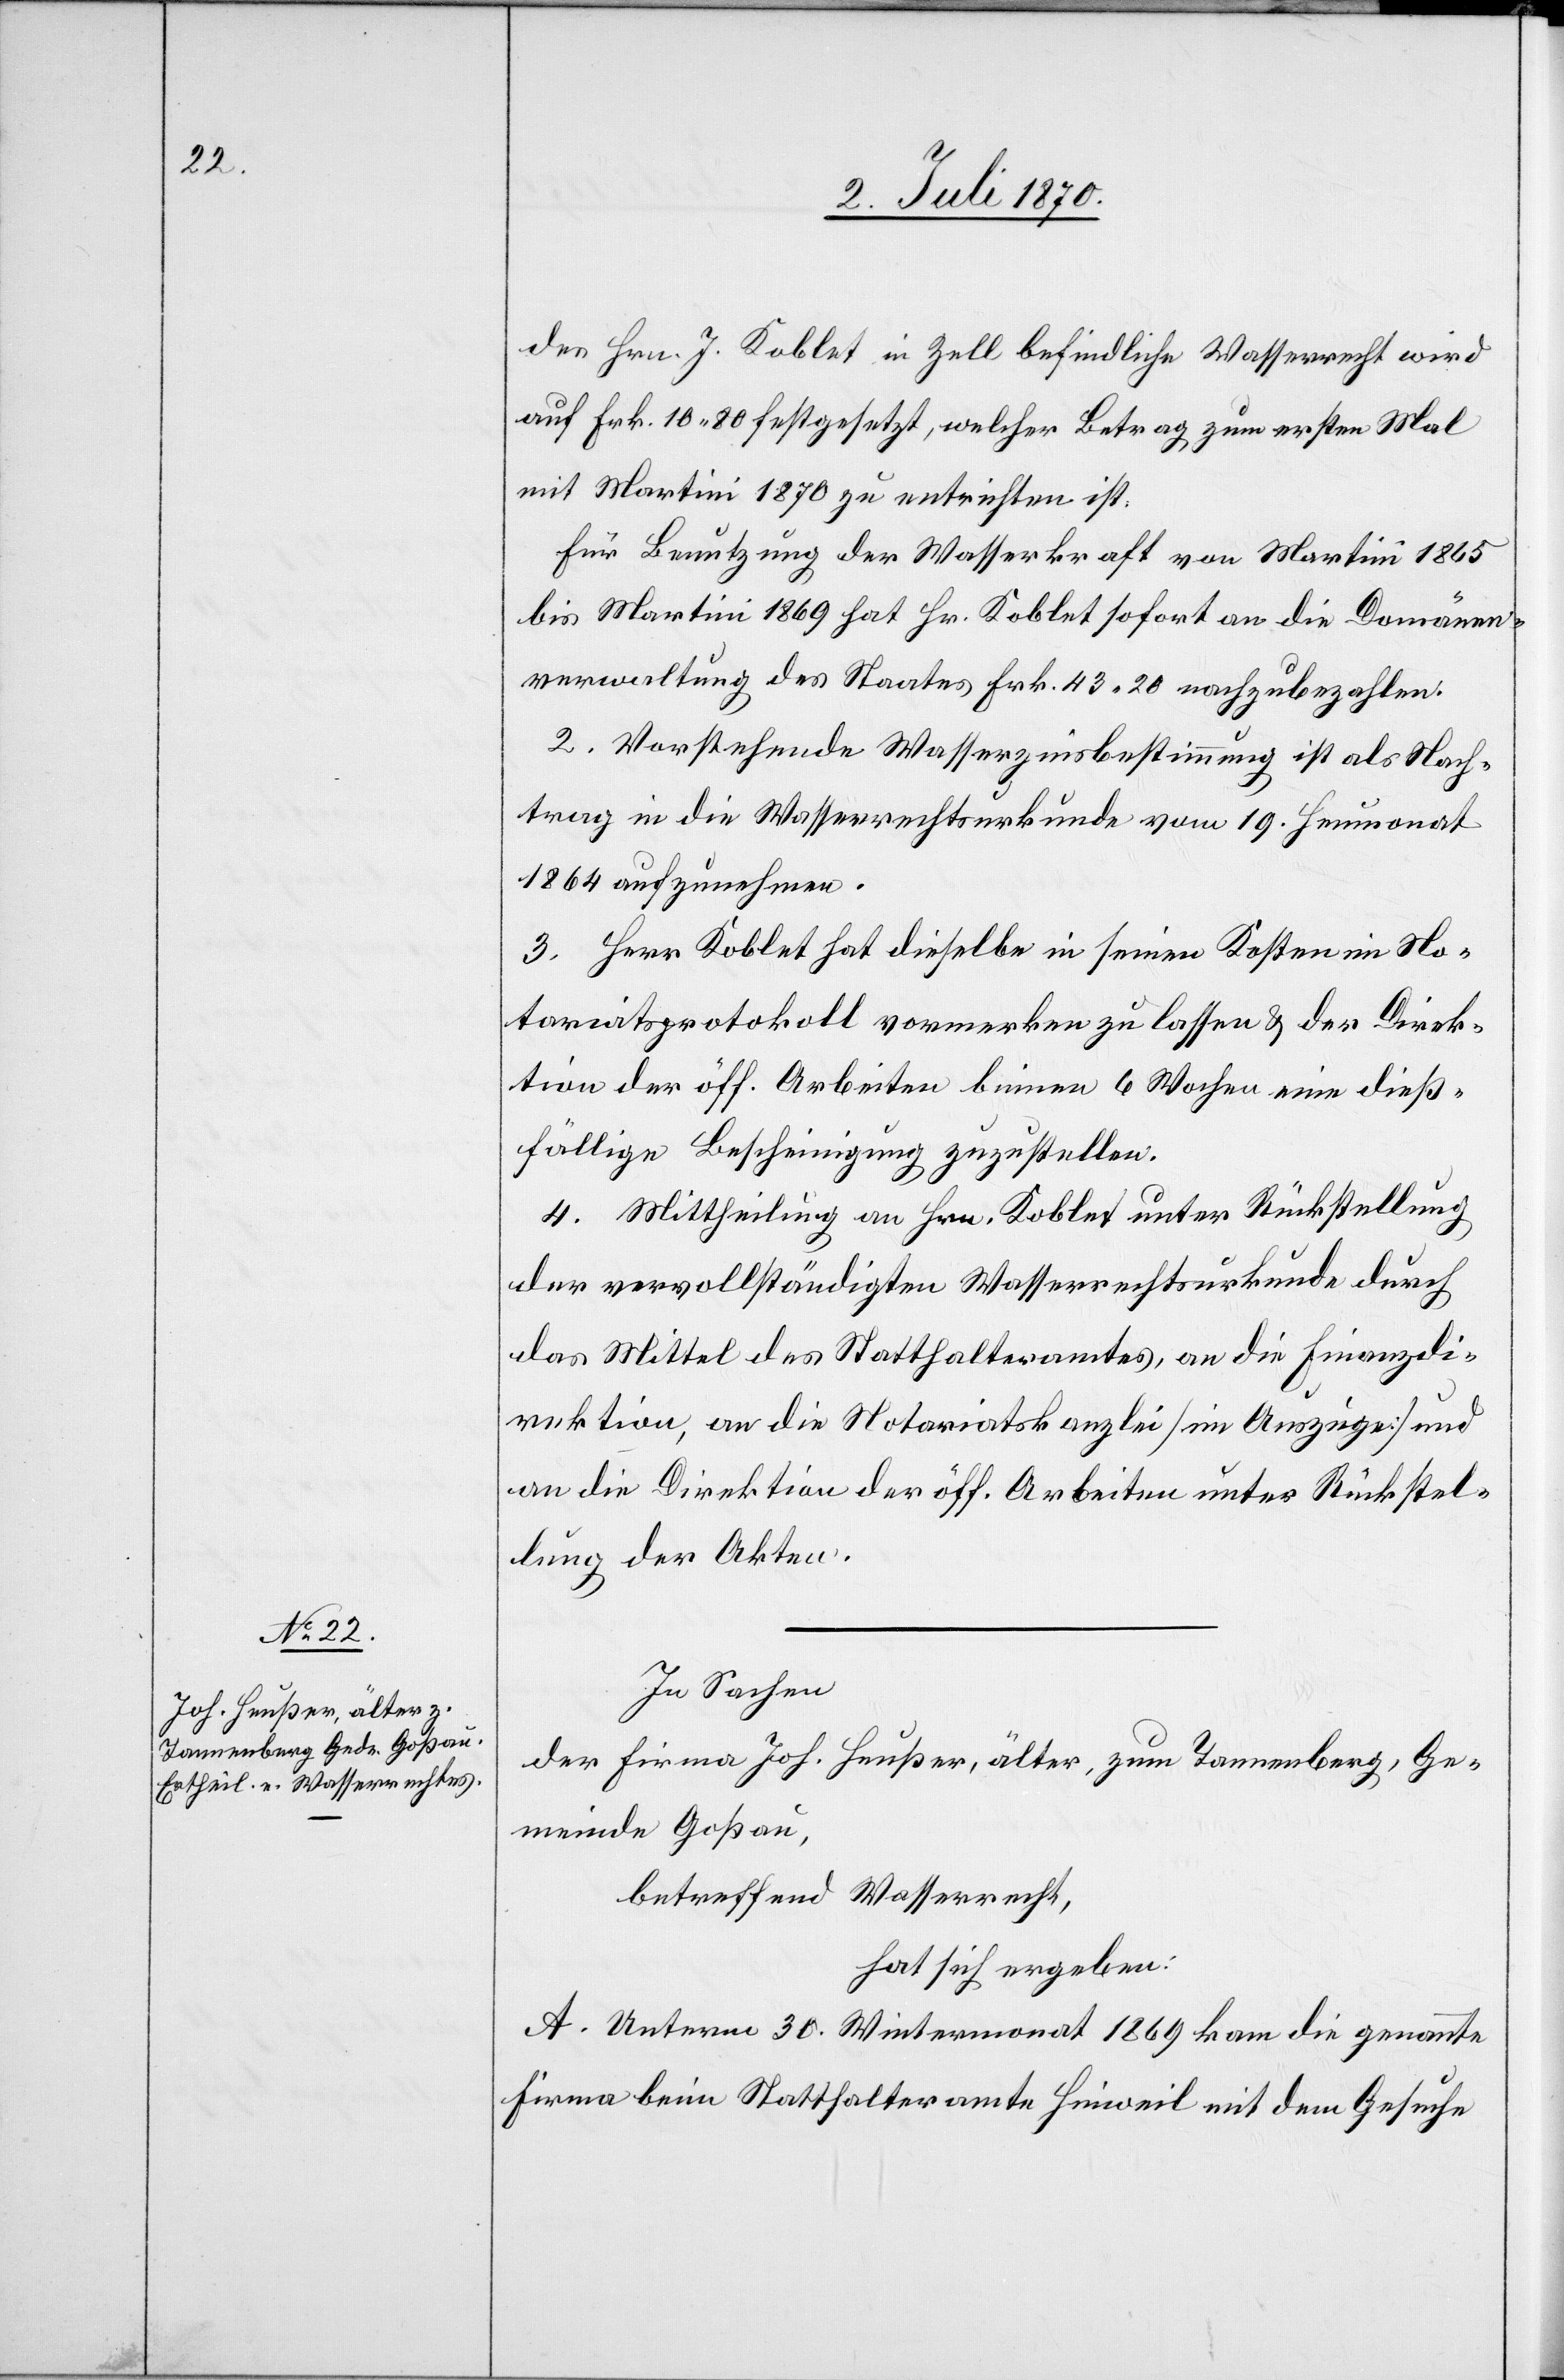
des Hrn. J. Koblet in Zell befindliche Wasserrecht wird
auf Frk. 10.20 festgesetzt, welcher Betrag zum ersten Mal
mit Martini 1870 zu entrichten ist.
Für Benutzung der Wasserkraft von Martini 1865
bis Martini 1869 hat Hr. Koblet sofort an die Domänen¬
verwaltung des Staates Fr. 43.20 nachzuzahlen.
2. Vorstehende Wasserzinsbestimmung ist als Nach¬
trag in die Wasserrechtsurkunde vom 19. Heumonat
1864 aufzunehmen.
3. Herr Koblet hat dieselbe in seinen Kosten im No¬
tariatsprotokoll vormerken zu lassen & der Direk¬
tion der öff. Arbeiten binnen 6 Wochen eine dieß¬
fällige Bescheinigung zuzustellen.
4. Mittheilung an Hrn. Koblet unter Rückstellung
der vervollständigten Wasserrechtsurkunde durch
das Mittel des Statthalteramtes, an die Finanzdi¬
rektion, an die Notariatskanzlei [im Auszuge] und
an die Direktion der öff. Arbeiten unter Rückstel¬
lung der Akten.
In Sachen
der Firma Joh. Heußer, älter, zum Tannenberg, Ge¬
meinde Goßau,
betreffend Wasserrecht,
hat sich ergeben:
A. Unterm 30. Wintermonat 1869 kam die genannte
Firma beim Statthalteramte Hinweil mit dem Gesuche